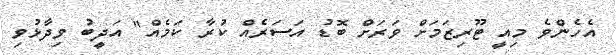
އެހެންވެ މިއީ ޓޫރިޒަމަށް ވަރަށް ބޮޑު އަސަރެއް ކުރާ ކަމެއް" އަދީބު ވިދާޅުވި